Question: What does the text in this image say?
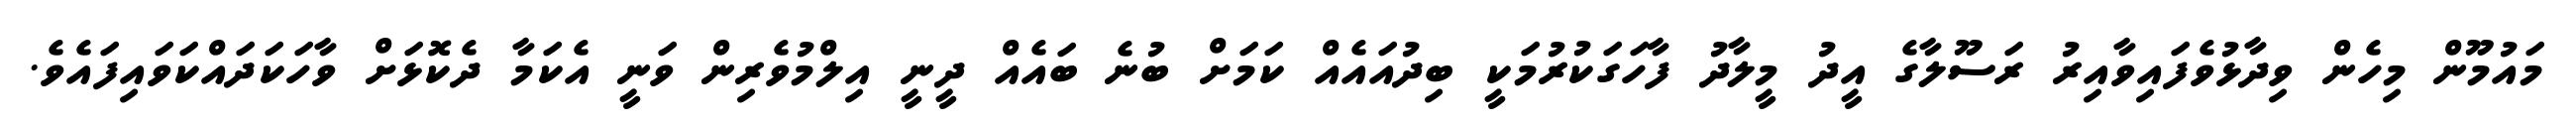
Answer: މައުމޫން މިހެން ވިދާޅުވެފައިވާއިރު ރަސޫލާގެ އީދު މީލާދު ފާހަގަކުރުމަކީ ބިދުއައެއް ކަމަށް ބުނެ ބައެއް ދީނީ އިލްމުވެރިން ވަނީ އެކަމާ ދެކޮޅަށް ވާހަކަދައްކަވައިފައެވެ.